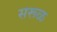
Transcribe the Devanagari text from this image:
सरूळ